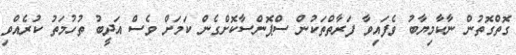
ގޮތްގޮތުން ނާކާމިޔާބު ވެފައިވާ ފަރާތްތަކުން ސްޕޮންސާކޮށްގެން ކަމަށް ވެސް އަދީބު ތުހުމަތު ކުރެއްވި